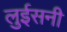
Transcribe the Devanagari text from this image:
लुईसनी